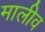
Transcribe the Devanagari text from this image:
मालीव